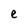
Character: e